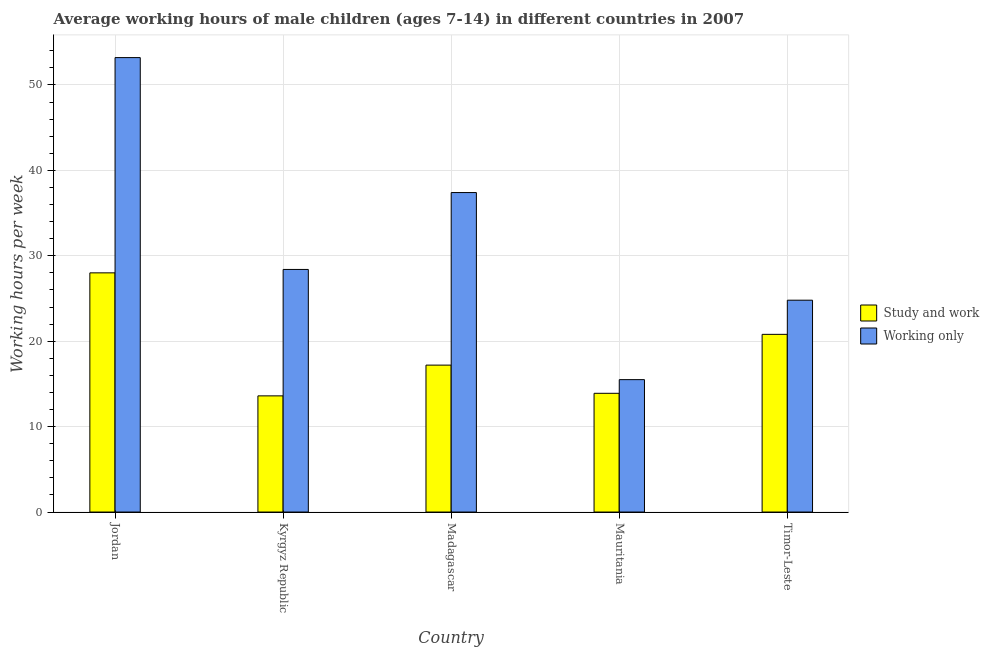
| Country | Study and work | Working only |
 | --- | --- | --- |
 | Jordan | 28 | 53.2 |
 | Kyrgyz Republic | 13.6 | 28.4 |
 | Madagascar | 17.2 | 37.4 |
 | Mauritania | 13.9 | 15.5 |
 | Timor-Leste | 20.8 | 24.8 |